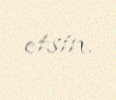
etsin.